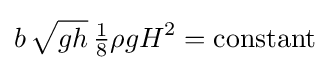
b\,{\sqrt {gh}}\,{\tfrac {1}{8}}\rho gH^{2}={\text{constant}}